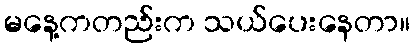
မနေ့ကတည်းက သယ်ပေးနေတာ။